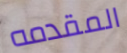
المقدمه